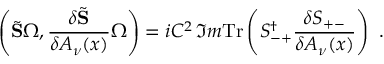
\left( \tilde { \bf S } \Omega , \frac { \delta \tilde { \bf S } } { \delta A _ { \nu } ( x ) } \Omega \right) = i C ^ { 2 } \, \Im m \mathrm { T r } \left( S _ { - + } ^ { \dagger } \frac { \delta S _ { + - } } { \delta A _ { \nu } ( x ) } \right) \, \, .